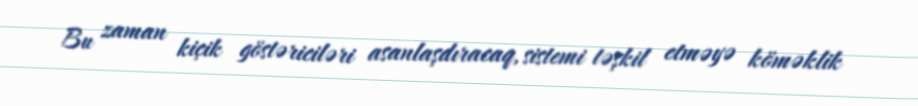
Bu zaman kiçik göstəriciləri asanlaşdıracaq, sistemi təşkil etməyə köməklik